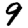
Digit: 9